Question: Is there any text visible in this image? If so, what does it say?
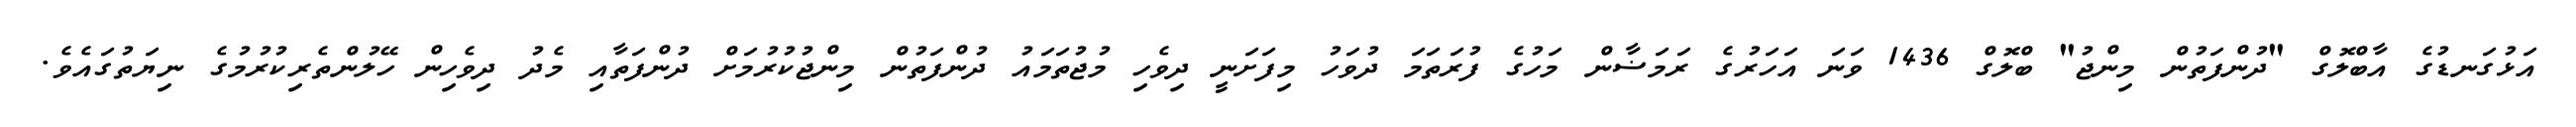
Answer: އަޅުގަނޑުގެ އާބްލޮގް "ދުންފަތުން މިންޖު" ބްލޮގް 1436 ވަނަ އަހަރުގެ ރަމަޟާން މަހުގެ ފުރަތަމަ ދުވަހު މިފަށަނީ ދިވެހި މުޖުތަމައު ދުންފަތުން މިންޖުކުރުމަށް ދުންފަތާއި މެދު ދިވެހިން ހޭލުންތެރިކުރުމުގެ ނިޔަތުގައެވެ.